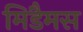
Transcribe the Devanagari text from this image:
मिडैमस